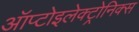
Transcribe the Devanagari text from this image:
ऑप्टोइलेक्ट्रोनिक्स